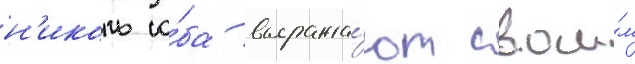
н'иколь о́ба выража́ют свои́м